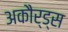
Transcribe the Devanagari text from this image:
अकौर्ड्स